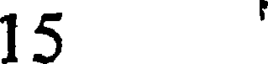
15